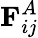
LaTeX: \mathbf{F}_{ij}^{A}